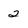
Character: 2